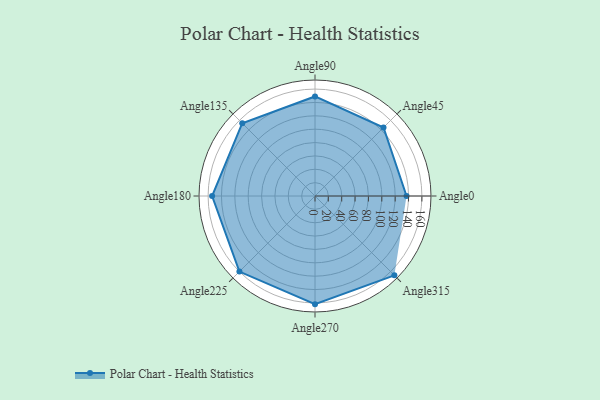
{"axis": {"x": "Angle", "y": "Radius"}, "legend": [""], "data": [{"x": "Angle0", "y": 137.0, "type": ""}, {"x": "Angle45", "y": 145.0, "type": ""}, {"x": "Angle90", "y": 149.0, "type": ""}, {"x": "Angle135", "y": 154.0, "type": ""}, {"x": "Angle180", "y": 154.0, "type": ""}, {"x": "Angle225", "y": 160.0, "type": ""}, {"x": "Angle270", "y": 162.0, "type": ""}, {"x": "Angle315", "y": 168.0, "type": ""}]}